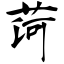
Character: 菏